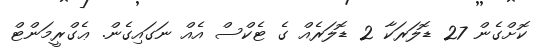
ކޮށްގެން 27 ޑޮލަރަކާ 2 ޑޮލަރެއް ގެ ޓެކްސް އެއް ނަގައިގެން. ޢެގްރީމަންޓް